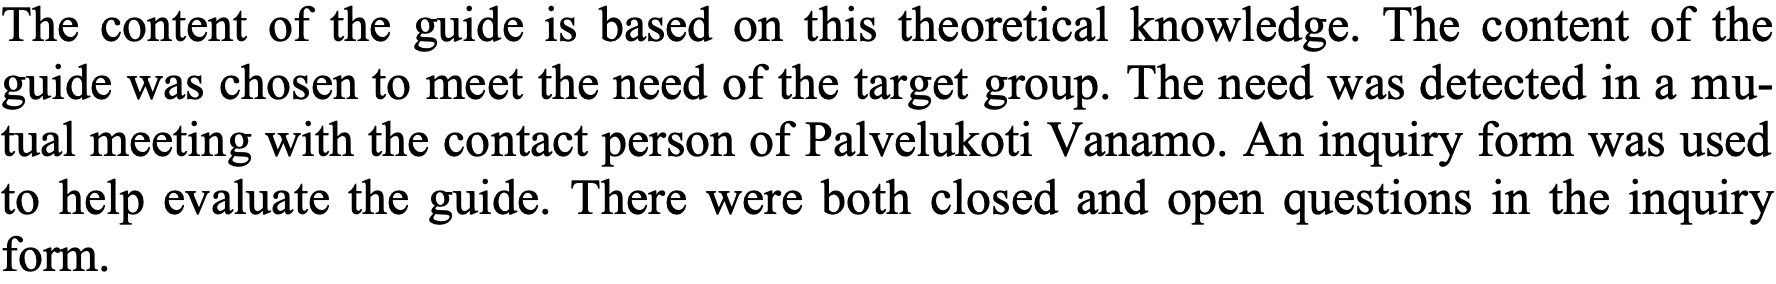
The content of the guide is based on this theoretical knowledge. The content of the guide was chosen to meet the need of the target group. The need was detected in a mu- tual meeting with the contact person of Palvelukoti Vanamo. An inquiry form was used to help evaluate the guide. There were both closed and open questions in the inquiry form.